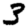
Digit: 3